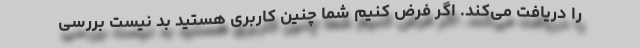
را دریافت می‌کند. اگر فرض کنیم شما چنین کاربری هستید بد نیست بررسی